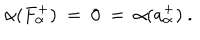
LaTeX: \alpha ( F _ { \alpha } ^ { + } ) ~ = ~ 0 ~ = ~ \alpha ( a _ { \alpha } ^ { + } ) ~ .